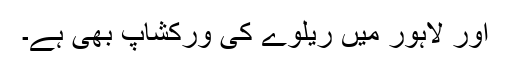
اور لاہور میں ریلوے کی ورکشاپ بھی ہے۔